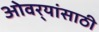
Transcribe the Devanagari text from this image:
ओवर्‍यांसाठी